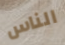
الناس